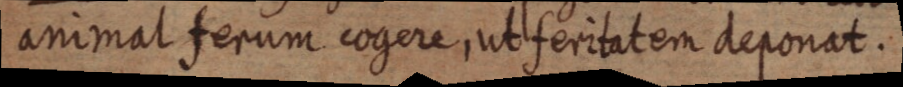
animal ferum cogere, ut feritatem deponat.